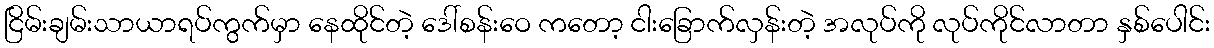
ငြိမ်းချမ်းသာယာရပ်ကွက်မှာ နေထိုင်တဲ့ ဒေါ်စန်းဝေ ကတော့ ငါးခြောက်လှန်းတဲ့ အလုပ်ကို လုပ်ကိုင်လာတာ နှစ်ပေါင်း